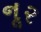
નૂર